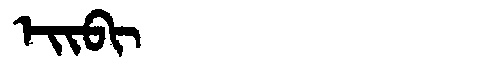
Manchu: ᡝᡳᠪᡳ
Romanization: EIBI